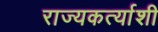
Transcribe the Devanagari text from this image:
राज्यकर्त्याशी